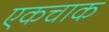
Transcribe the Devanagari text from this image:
एकचाक